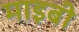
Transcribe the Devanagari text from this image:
माइबी